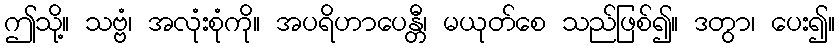
ဤသို့။ သဗ္ဗံ၊ အလုံးစုံကို။ အပရိဟာပေန္တီ၊ မယုတ်စေ သည်ဖြစ်၍။ ဒတွာ၊ ပေး၍။